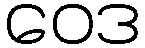
ဝေဒ